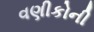
વણીકોની